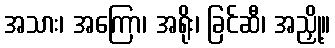
အသား၊ အကြော၊ အရိုး၊ ခြင်ဆီ၊ အညှို့။